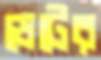
ডেটের